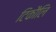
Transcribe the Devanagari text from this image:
टिकौलि